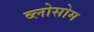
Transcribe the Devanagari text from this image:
ब्लोसोम